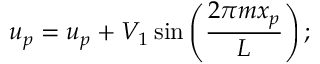
u _ { p } = u _ { p } + V _ { 1 } \sin \left( \frac { 2 \pi m x _ { p } } { L } \right) ;